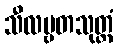
သီလဗ္ဗတသုတ္တံ